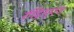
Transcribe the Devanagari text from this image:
राॅड्रिगुएज